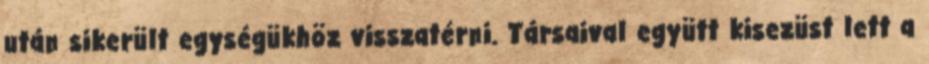
után sikerült egységükhöz visszatérni. Társaival együtt kisezüst lett a